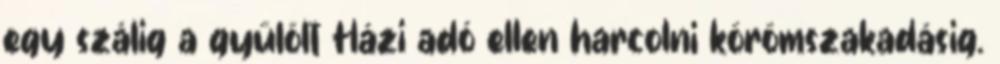
egy szálig a gyűlölt Házi adó ellen harcolni körömszakadásig.